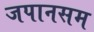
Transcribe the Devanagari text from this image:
जपानसम